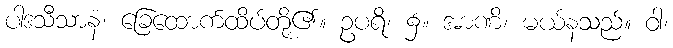
ပါဒသီသာနံ၊ ခြေထောက်ထိပ်တို့၏။ ဥပရိ၊ ၌။ အာဏိ၊ မယ်နသည်။ ဝါ၊